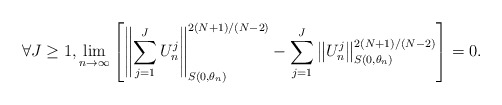
\begin{align*}\forall J \geq 1, \lim_{n \rightarrow \infty} \left [ \left \| \sum_{j = 1}^J U^j_n\right \|_{S(0,\theta_n)}^{2(N+1)/(N-2)}- \sum_{j = 1}^J \left \| U^j_n\right \|_{S(0,\theta_n)}^{2(N+1)/(N-2)} \right ] = 0. \end{align*}